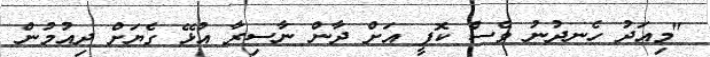
"މިއަދު ހެނދުނު ވެސް ކޮފީ އަށް ދާން ނާސިރާ އުޅޭ ގެޔަށް ދިއުމުން